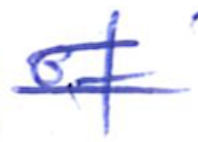
Text: of
Cross-out: double-line
Writing tool: ballpoint